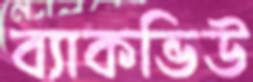
ব্যাকভিউ